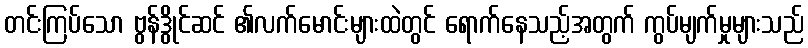
တင်းကြပ်သော ဗွန်ဒွိုင်ဆင် ၏လက်မောင်းများထဲတွင် ရောက်နေသည့်အတွက် ကွပ်မျက်မှုများသည်